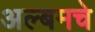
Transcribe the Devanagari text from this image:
अल्बमचे